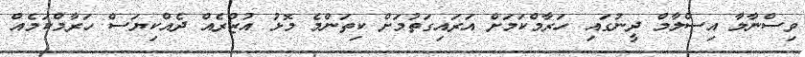
ވިސްނާލާ އިސްލާމް ދީނުގައި ހަރާމްކަމަށް އަރައިގަތުމަށް ކިތަންމެ މޮޅު އުޒުރެއް ދެއްކިޔަސް ހަރާމްކަމެއް